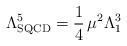
\begin{align*}\Lambda_{\rm SQCD}^5=\frac 1 4 \,\mu^2 \Lambda_1^3\end{align*}